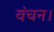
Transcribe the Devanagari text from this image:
वंचन।